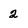
Character: 2